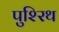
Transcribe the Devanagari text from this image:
पुश्‍रिथ